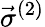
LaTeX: \vec{\sigma}^{(2)}